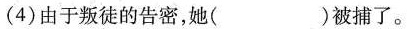
(4)由于叛徒的告密，她( )被捕了。